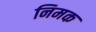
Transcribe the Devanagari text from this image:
निमक